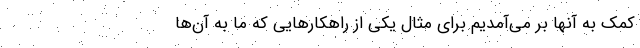
کمک به آنها بر می‌آمدیم برای مثال یکی از راهکارهایی که ما به آن‌ها